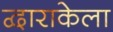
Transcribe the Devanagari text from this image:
द्वाराकेला